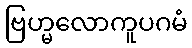
ဗြဟ္မလောကူပဂမံ